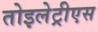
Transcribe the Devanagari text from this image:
तोइलेट्रीएस